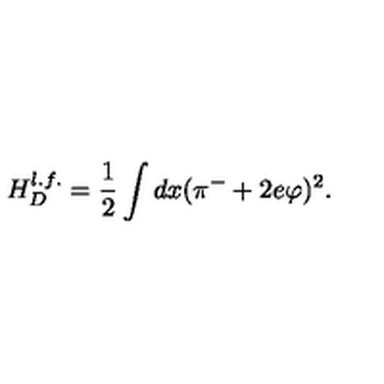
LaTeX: H _ { D } ^ { l . f . } = \frac { 1 } { 2 } \int d x ( \pi ^ { - } + 2 e \varphi ) ^ { 2 } .